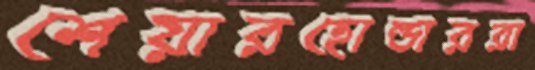
শেয়ারহোল্ডাররা